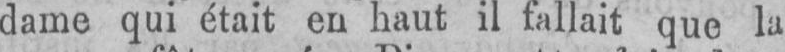
dame qui était en haut il fallait que la